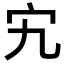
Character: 宄